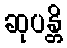
ဆုပန္တိ